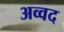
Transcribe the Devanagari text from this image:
अव्वद